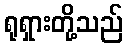
ရုရှားတို့သည်